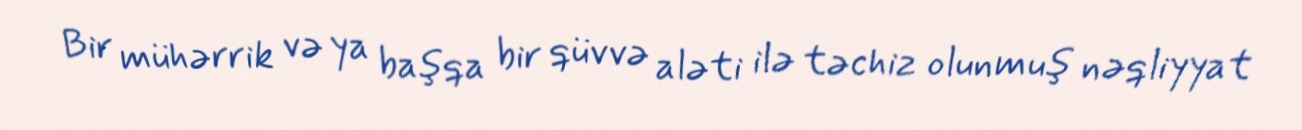
Bir mühərrik və ya başqa bir qüvvə aləti ilə təchiz olunmuş nəqliyyat